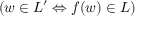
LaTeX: ( w \in L ^ { \prime } \Leftrightarrow f ( w ) \in L )